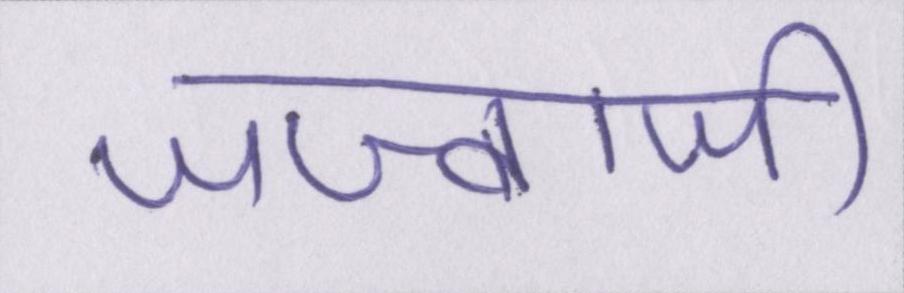
जज्बाजी